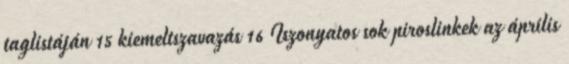
taglistáján 15 kiemeltszavazás 16 Iszonyatos sok piroslinkek az április